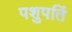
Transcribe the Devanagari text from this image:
पशुपतिं